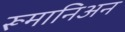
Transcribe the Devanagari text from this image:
रूमानिअन